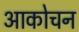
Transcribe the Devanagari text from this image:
आकोचन